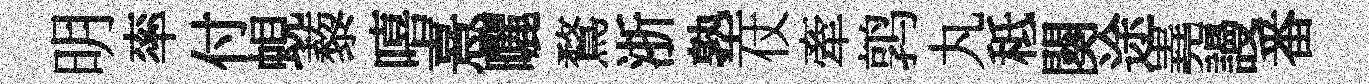
明率付蜆藜嘻憙曬鶩浙塾仗牽鹑丸秪闋途嶤謾番